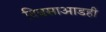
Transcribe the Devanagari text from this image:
दिवसाआडही